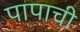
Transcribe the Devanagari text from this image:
पापाची